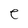
Character: e